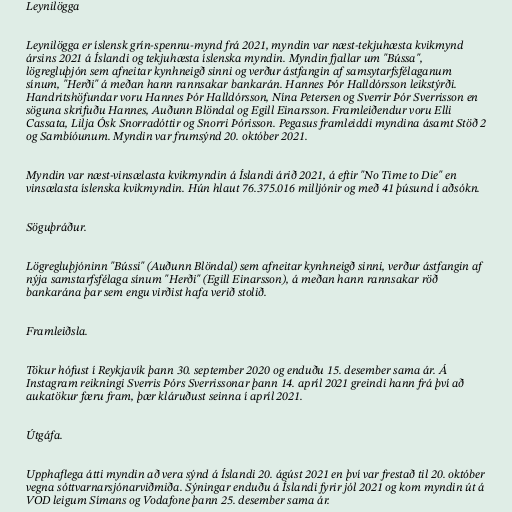
Leynilögga

Leynilögga er íslensk grín-spennu-mynd frá 2021, myndin var næst-tekjuhæsta kvikmynd
ársins 2021 á Íslandi og tekjuhæsta íslenska myndin. Myndin fjallar um "Bússa",
lögregluþjón sem afneitar kynhneigð sinni og verður ástfangin af samsytarfsfélaganum
sínum, "Herði" á meðan hann rannsakar bankarán. Hannes Þór Halldórsson leikstýrði.
Handritshöfundar voru Hannes Þór Halldórsson, Nína Petersen og Sverrir Þór Sverrisson en
söguna skrifuðu Hannes, Auðunn Blöndal og Egill Einarsson. Framleiðendur voru Elli
Cassata, Lilja Ósk Snorradóttir og Snorri Þórisson. Pegasus framleiddi myndina ásamt Stöð 2
og Sambíóunum. Myndin var frumsýnd 20. október 2021.

Myndin var næst-vinsælasta kvikmyndin á Íslandi árið 2021, á eftir "No Time to Die" en
vinsælasta íslenska kvikmyndin. Hún hlaut 76.375.016 milljónir og með 41 þúsund í aðsókn.

Söguþráður.

Lögregluþjóninn "Bússi" (Auðunn Blöndal) sem afneitar kynhneigð sinni, verður ástfangin af
nýja samstarfsfélaga sínum "Herði" (Egill Einarsson), á meðan hann rannsakar röð
bankarána þar sem engu virðist hafa verið stolið.

Framleiðsla.

Tökur hófust í Reykjavík þann 30. september 2020 og enduðu 15. desember sama ár. Á
Instagram reikningi Sverris Þórs Sverrissonar þann 14. apríl 2021 greindi hann frá því að
aukatökur færu fram, þær kláruðust seinna í apríl 2021.

Útgáfa.

Upphaflega átti myndin að vera sýnd á Íslandi 20. ágúst 2021 en því var frestað til 20. október
vegna sóttvarnarsjónarviðmiða. Sýningar enduðu á Íslandi fyrir jól 2021 og kom myndin út á
VOD leigum Símans og Vodafone þann 25. desember sama ár.